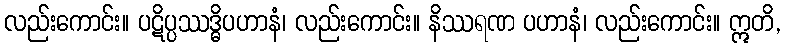
လည်းကောင်း။ ပဋိပ္ပဿဒ္ဓိပဟာနံ၊ လည်းကောင်း။ နိဿရဏ ပဟာနံ၊ လည်းကောင်း။ ဣတိ,